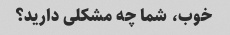
خوب، شما چه مشکلی دارید؟